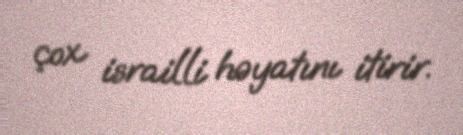
çox israilli həyatını itirir.